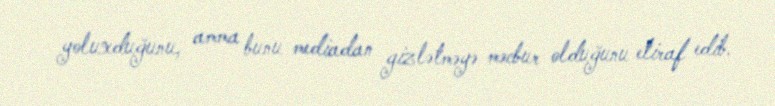
yoluxduğunu, amma bunu mediadan gizlətməyə məcbur olduğunu etiraf edib.